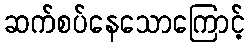
ဆက်စပ်နေသောကြောင့်